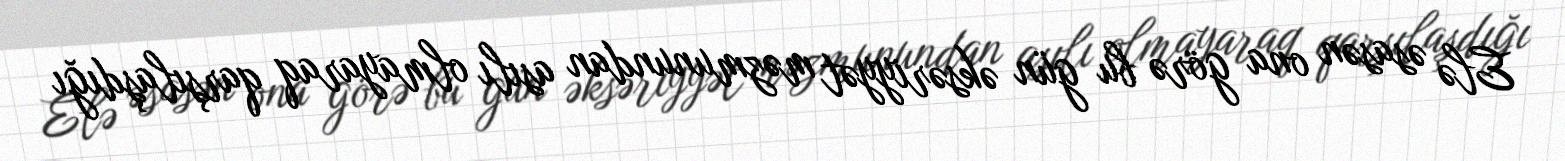
Elə əsasən ona görə bu gün əksəriyyət məzmunundan asılı olmayaraq qarşılaşdığı